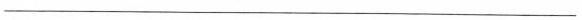
___